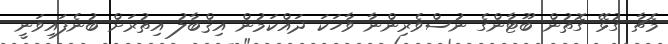
މެޗާ ގުޅޭ ގޮތުން ބޫޓާންގެ ނުސްވެރިންނާ ވާހަކަ ދައްކަމުން އިޤްބާލު އިތުރަށް ބުނެފައިވަނީ